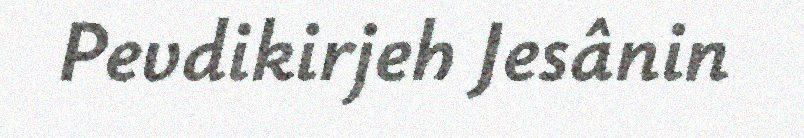
Pevdikirjeh Jesânin